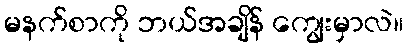
မနက်စာကို ဘယ်အချိန် ကျွေးမှာလဲ။